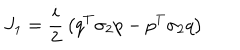
J _ { 1 } = { \frac { i } { 2 } } \left( q ^ { T } \sigma _ { 2 } p - p ^ { T } \sigma _ { 2 } q \right)